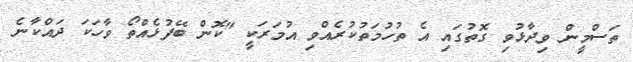
ތަސްމީން ވިދާޅުވި ގޮތުގައި އެ ތުހުމަތުކުރެއްވި އުމަރަކީ "ކޮން ބޭފުޅެއްތޯ ވާހަކަ ދައްކާނެ